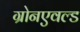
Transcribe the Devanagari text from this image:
ग्रोनएवल्ड